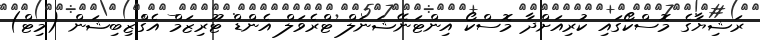
ރަޝިޔާގެ މޮސްކޯގައި ކުރިއަށްދާ މޮސްކޯ އިންޓަނޭޝަނަލް ޓްރެވަލް އެންޑް ޓޫރިޒަމް އެގްޒިބިޝަން (މިޓް)